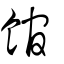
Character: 館